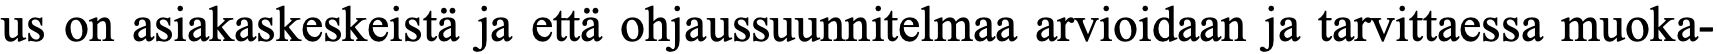
us on asiakaskeskeistä ja että ohjaussuunnitelmaa arvioidaan ja tarvittaessa muoka-